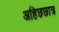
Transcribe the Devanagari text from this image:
अहिछछात्र